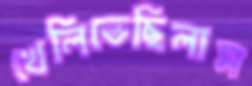
খেলিতেছিলাম